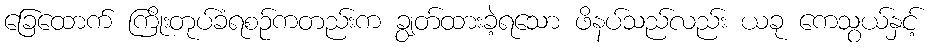
ခြေထောက် ကြိုးတုပ်ခံရစဉ်ကတည်းက ချွတ်ထားခဲ့ရသော ဖိနပ်သည်လည်း ယခု ကေသွယ်နှင့်